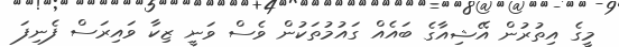
މީގެ އިތުރުން އޭޝިއާގެ ބައެއް ގައުމުތަކުން ވެސް ވަނީ ޒިކާ ވައިރަސް ފެނިފަ